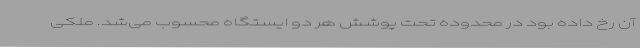
آن رخ داده بود در محدوده تحت پوشش هر دو ایستگاه محسوب می‌شد. ملکی